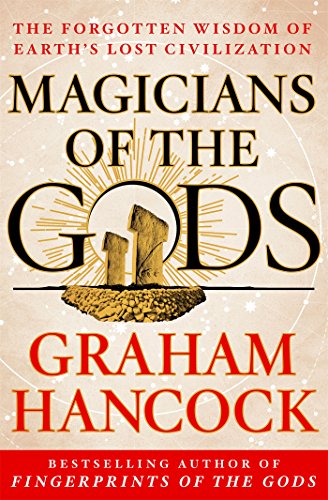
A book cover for Magicians of the Gods: The Forgotten Wisdom of Earth's Lost Civilization; Graham Hancock; Arts & Photography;